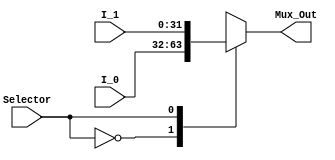
///////////////////////////////////////////////
//Company: ITESO
//Module Description: Multiplexor funtion 2 inputs, one output;parameterized;
///////////////////////////////////////////////
module Mux2x1 #(parameter DATA_WIDTH = 32)
(
	input						Selector,
	input			[DATA_WIDTH-1:0]	I_0,
	input			[DATA_WIDTH-1:0]	I_1,
	
	output reg 	[DATA_WIDTH-1:0]	Mux_Out
);

	always@(*) begin
		case (Selector)
			0	:	Mux_Out = I_0;
			1	:	Mux_Out = I_1;
		endcase	
	end
endmodule